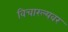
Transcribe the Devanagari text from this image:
विचारल्यवर